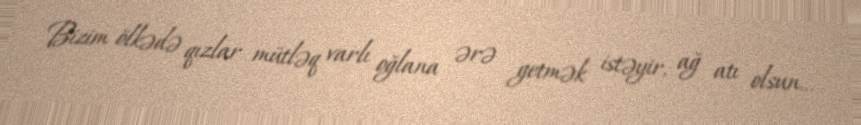
Bizim ölkədə qızlar mütləq varlı oğlana ərə getmək istəyir, ağ atı olsun...